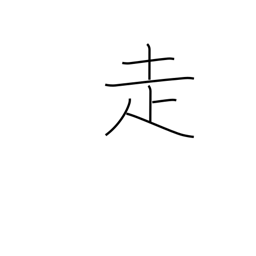
Meaning: run